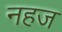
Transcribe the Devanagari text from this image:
नहज